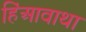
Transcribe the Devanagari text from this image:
हिंआवाथा